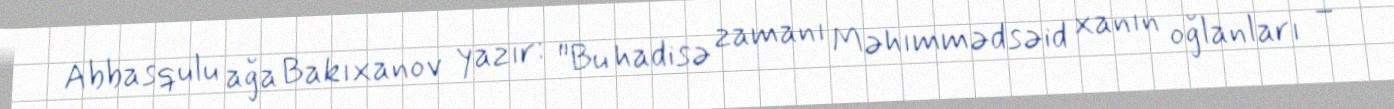
Abbasqulu ağa Bakıxanov yazır: "Bu hadisə zamanı Məhımmədsəid xanın oğlanları –